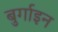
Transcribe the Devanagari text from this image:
बुर्गाइन